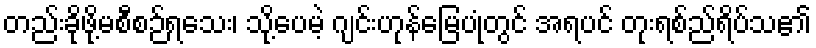
တည်းခိုဖို့မစီစဉ်ရသေး၊ သို့ပေမဲ့ ဂျင်းဟုန်မြေပုံတွင် အရပင် တုးရစ်ည်ရိပ်သ၏